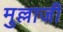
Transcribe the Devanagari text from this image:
मुल्लाजी